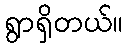
ရွာရှိတယ်။